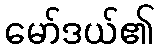
မော်ဒယ်၏